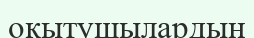
оқытушылардың